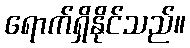
ရောက်ရှိနိုင်သည်။